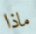
ماذا